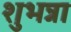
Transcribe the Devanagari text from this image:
शुभन्ना